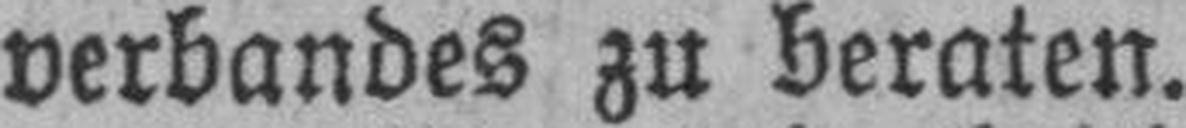
verbandes zu beraten.